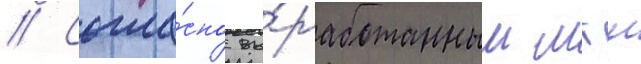
// Согла́сно вы́работанным мгш